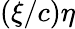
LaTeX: (\xi/c)\eta